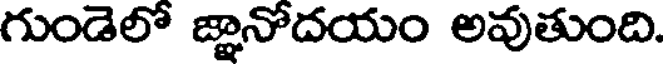
గుండెలో జ్ఞానోదయం అవుతుంది.